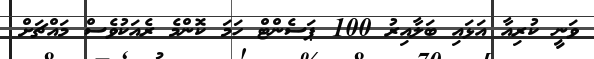
ވަނީ ކުރިއާ އަޅައި ބަލާއިރު 100 ޕަސެންޓް ހަމަ ކޮންމެ ރެއަކުވެސް މައްޗަށް